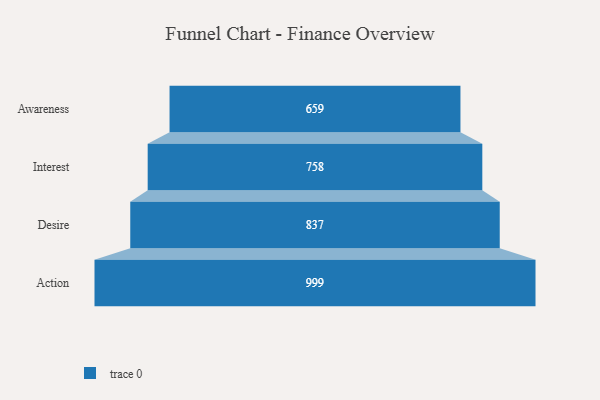
{"axis": {"x": "Stage", "y": "Value"}, "legend": [""], "data": [{"x": "Awareness", "y": 659.0, "type": ""}, {"x": "Interest", "y": 758.0, "type": ""}, {"x": "Desire", "y": 837.0, "type": ""}, {"x": "Action", "y": 999.0, "type": ""}]}